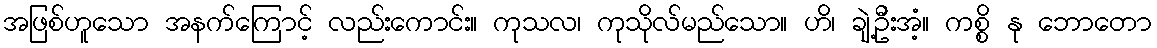
အဖြစ်ဟူသော အနက်ကြောင့် လည်းကောင်း။ ကုသလ၊ ကုသိုလ်မည်သော။ ဟိ၊ ချဲ့ဦးအံ့။ ကစ္စိ နု ဘောတော